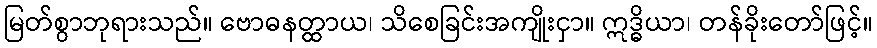
မြတ်စွာဘုရားသည်။ ဗောဓနတ္ထာယ၊ သိစေခြင်းအကျိုးငှာ။ ဣဒ္ဓိယာ၊ တန်ခိုးတော်ဖြင့်။